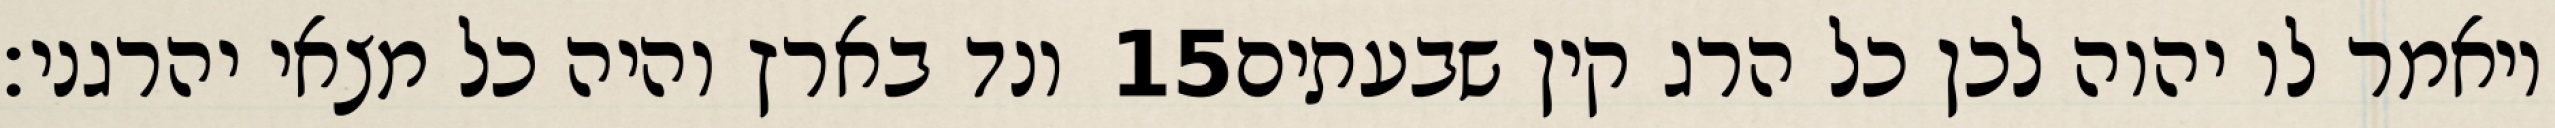
ונד בארץ והיה כל מצאי יהרגני׃ ‎15‏ ויאמר לו יהוה לכן כל הרג קין שבעתים